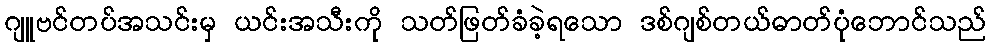
ဂျူဗင်တပ်အသင်းမှ ယင်းအသီးကို သတ်ဖြတ်ခံခဲ့ရသော ဒစ်ဂျစ်တယ်ဓာတ်ပုံဘောင်သည်